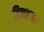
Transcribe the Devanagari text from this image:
डिक्शन।